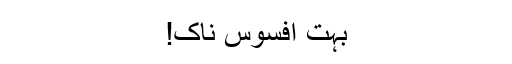
بہت افسوس ناک!